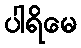
ပါရိမေ